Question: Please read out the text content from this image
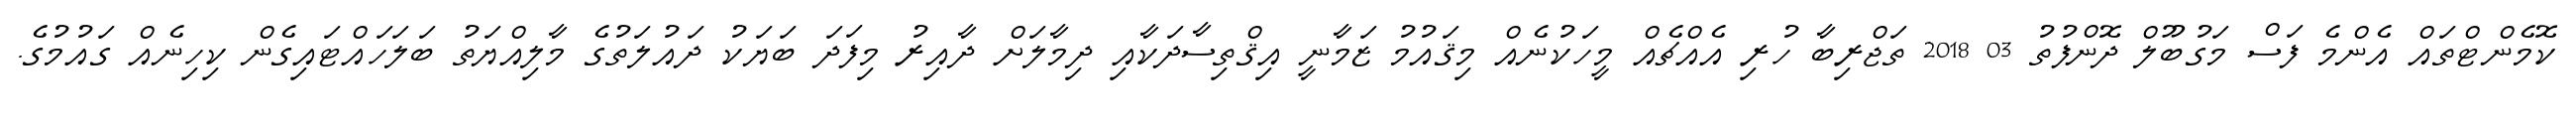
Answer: ކޮމެންޓްތައް އެންމެ ފަސް މަގުބޫލް ދޮންފުތު 03 2018 ތަޖްރިބާ ހުރި އެއްޗެއް މީހަކުނެއް މިޤައުމު ޒަމާނީ އިޤްތިސާދަކާއި ދިމާލަށް ދާއިރު މިފަދަ ބަޔަކު ދައުލަތުގެ މާލިއްޔަތު ބަލަހައްޓައިގެން ކިހިނެއް ގައުމުގެ.